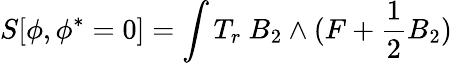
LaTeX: S[\phi,\phi^{*}=0]=\int T_{r}\ B_{2}\wedge(F+\frac 12B_{2})